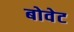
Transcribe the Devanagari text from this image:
बोवेट